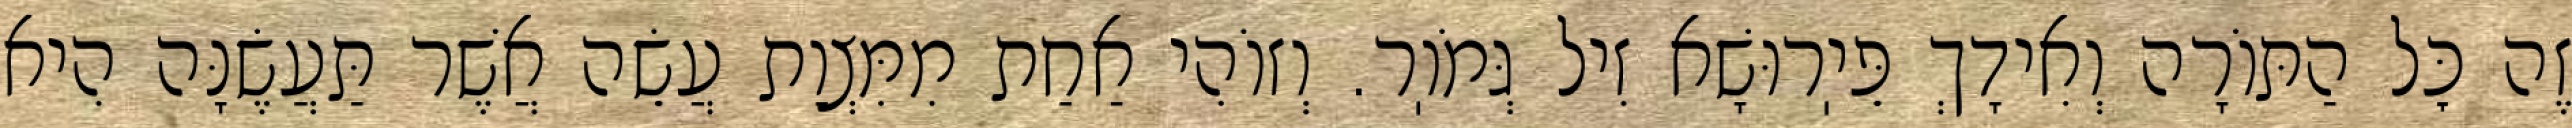
זֶה כׇּל הַתּוֹרָה וְאִידָךְ פֵּיֽרוּשָׁא זִיל גְּמֹוֽר. וְזוֹהִי אַחַת מִמִּצְוַת עֲשֵׂה אֲשֶׁר תַּעֲשֶׂנָּה הִיא